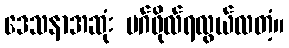
ဒေသနာအဆုံး မဂ်ဖိုလ်ရလွယ်လတံ့။